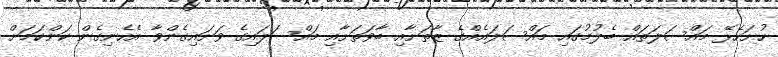
ހުށަހެޅޭ މައްސަލަތައް ބެލުމުގައި މައްސަލައެއްގެ ޒާތަށާއި ބާވަތަށާއި މައްސަލައިގެ ވަށައިގެންވާ އެހެނިގެން ކަންކަމަށް